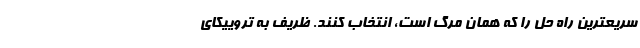
سریعترین راه حل را که همان مرگ است، انتخاب کنند. ظریف به تروییکای